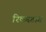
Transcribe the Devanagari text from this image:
रिकस्डाग